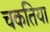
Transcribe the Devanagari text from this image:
चकतिया